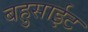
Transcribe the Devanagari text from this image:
बहुसाईट